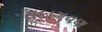
સદાગવણ